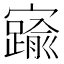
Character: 𡫞